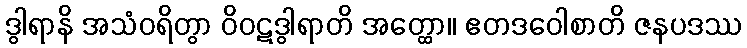
ဒွါရာနိ အသံဝရိတွာ ဝိဝဋဒွါရာတိ အတ္ထော။ ဧတဒဝေါစာတိ ဇနပဒဿ